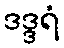
ဒဒ္ဒရံ